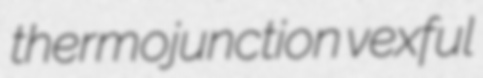
thermojunction vexful